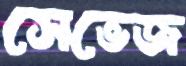
সেভেজ